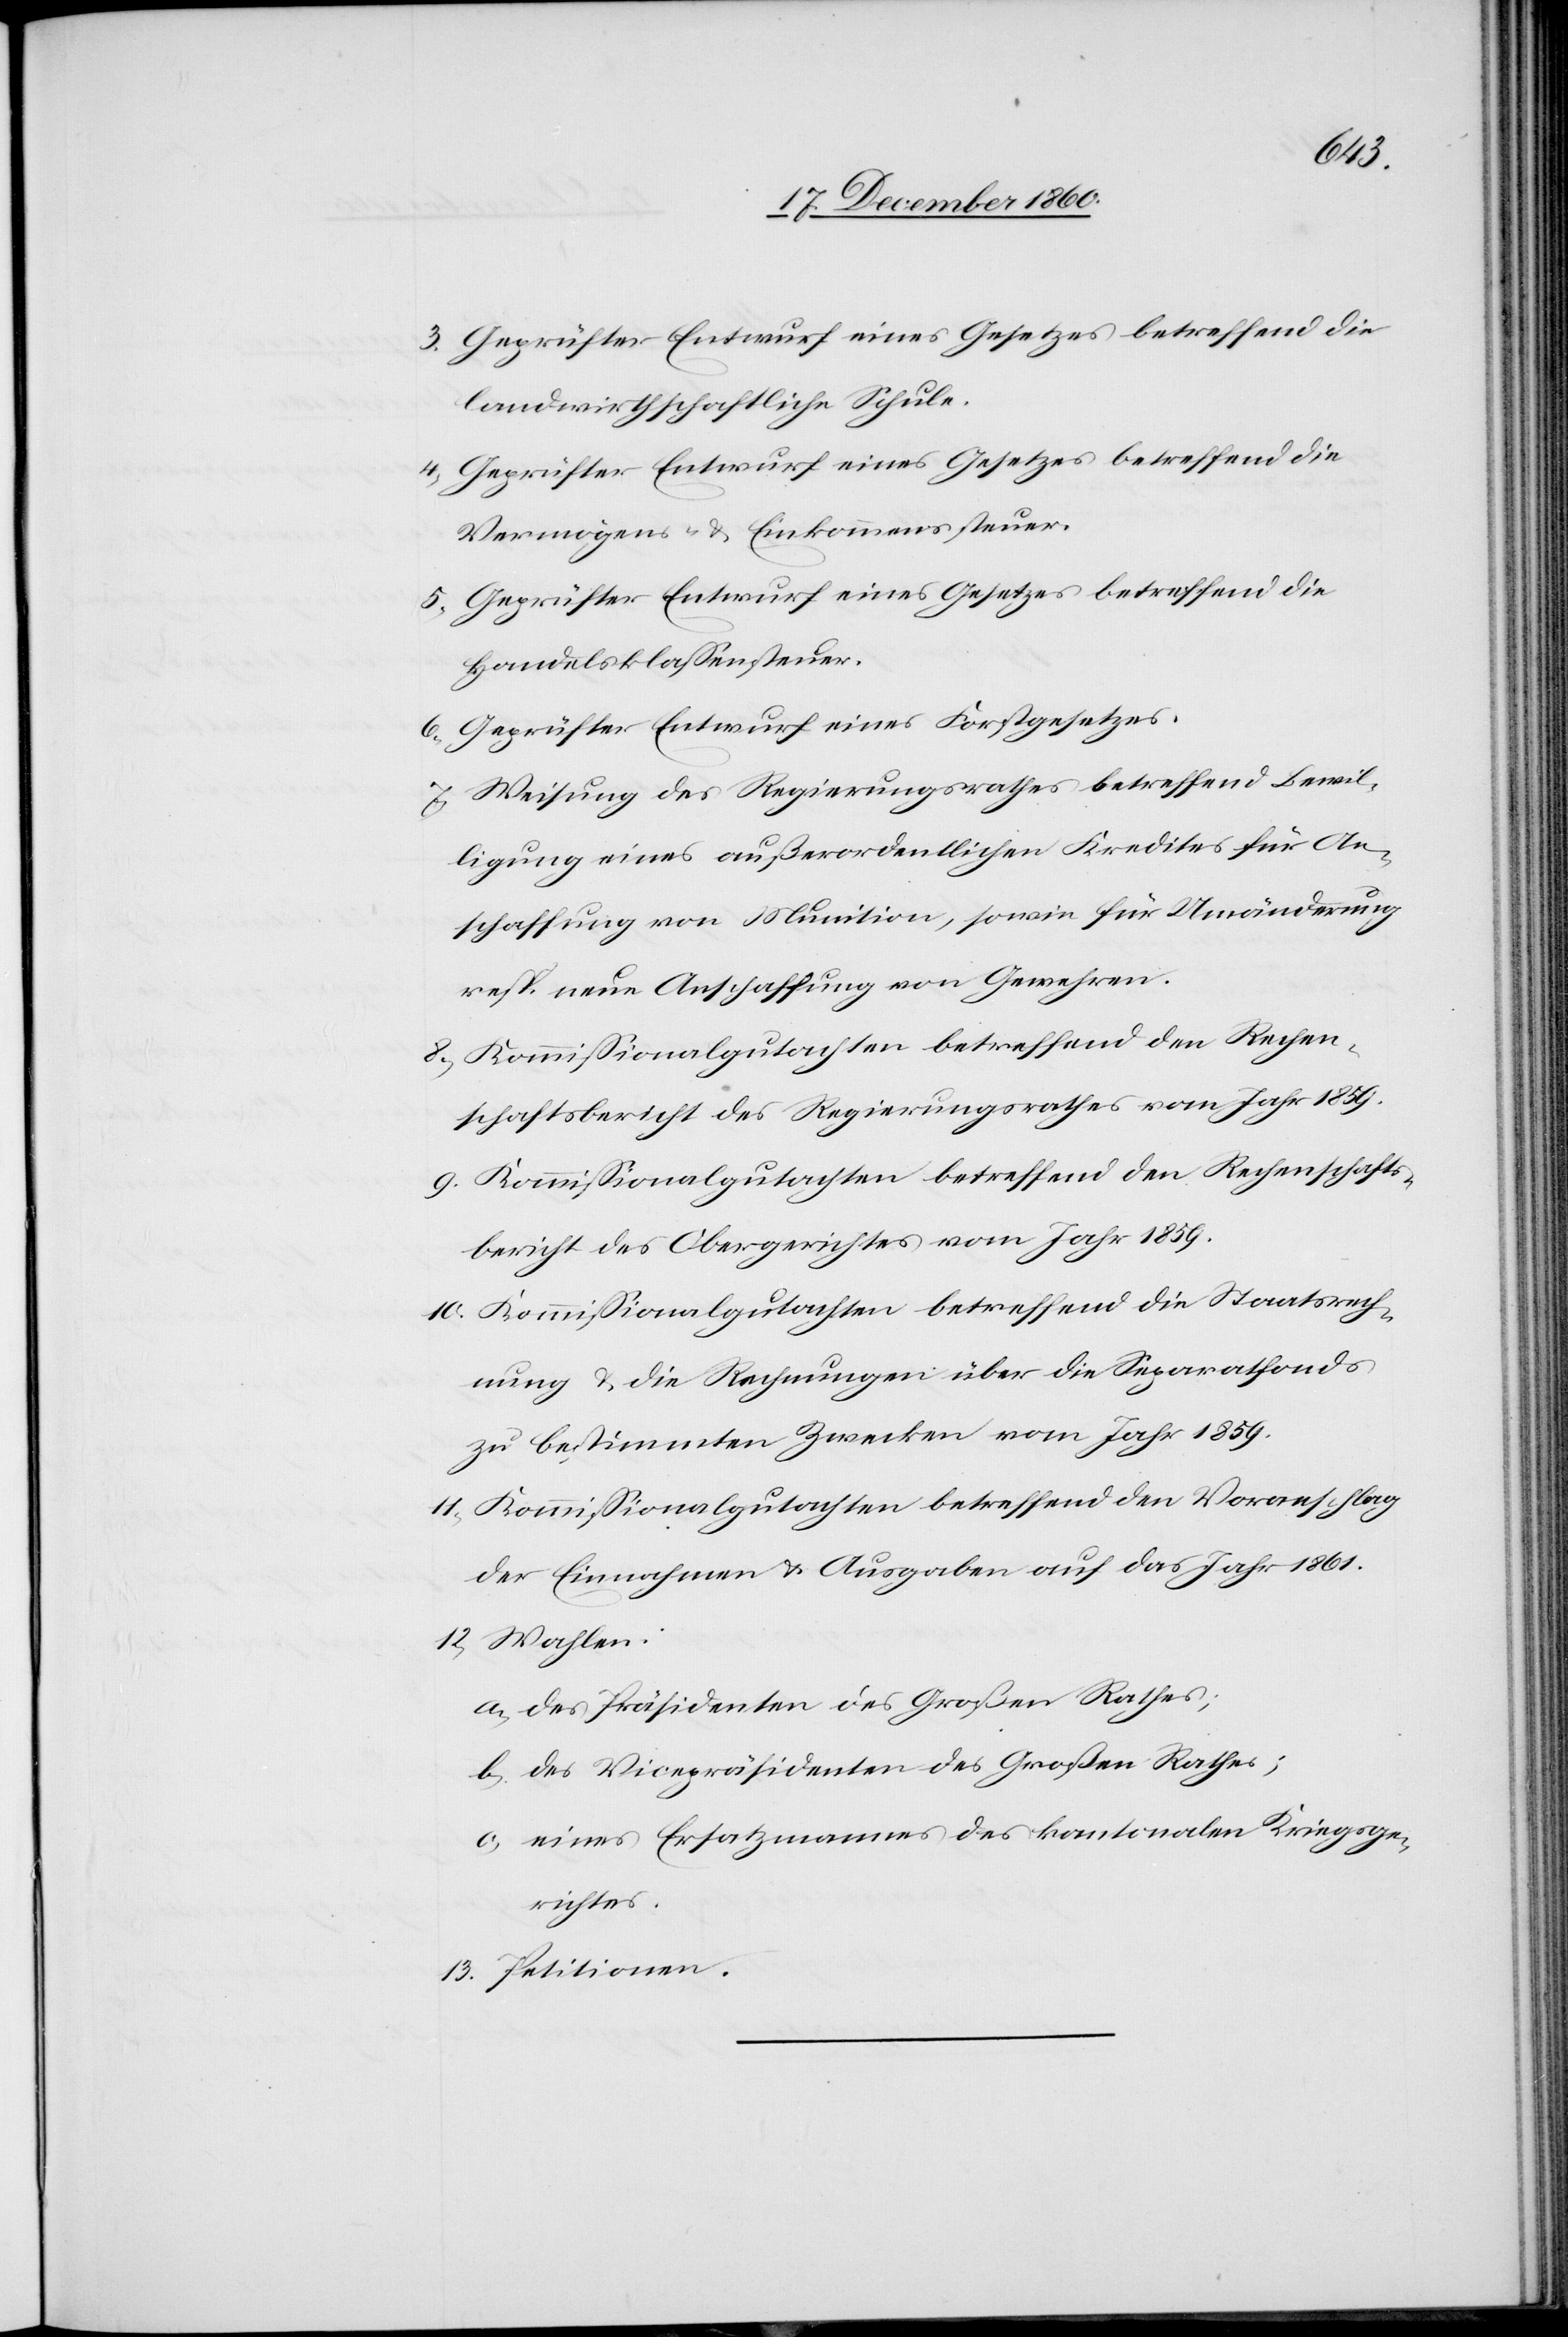
landwirthschaftliche Schule.
4. Geprüfter Entwurf eines Gesetzes betreffend die
Vermögens- u. Einkommenssteuer.
5. Geprüfter Entwurf eines Gesetzes betreffend die
Handelsklassensteuer.
6. Geprüfter Entwurf eines Forstgesetzes.
7. Weisung des Regierungsrathes betreffend Bewil¬
ligung eines außerordentlichen Kredites für An¬
schaffung von Munition, sowie für Umänderung
resp. neue Anschaffung von Gewehren.
8. Kommissionalgutachten betreffend den Rechen¬
schaftsbericht des Regierungsrathes vom Jahr 1859.
9. Kommissionalgutachten betreffend den Rechenschafts¬
bericht des Obergerichtes vom Jahr 1859.
10. Kommissionalgutachten betreffend die Staatsrech¬
nung u. die Rechnungen über die Separatfonds
zu bestimmten Zwecken vom Jahr 1859.
11. Kommissionalgutachten betreffend den Voranschlag
der Einnahmen u. Ausgaben auf das Jahr 1861.
12. Wahlen:
a) des Präsidenten des Großen Rathes;
b) des Vicepräsidenten des Großen Rathes;
c) eines Ersatzmannes des kantonalen Kriegsge¬
richtes.
13. Petitionen.